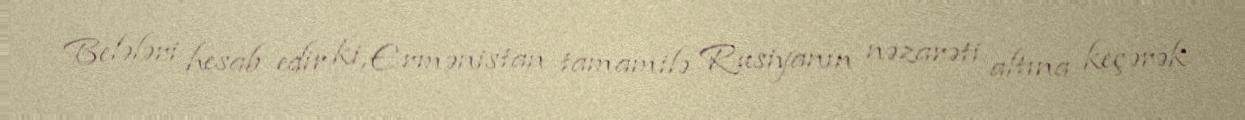
Belələri hesab edir ki, Ermənistan tamamilə Rusiyanın nəzarəti altına keçərək